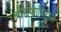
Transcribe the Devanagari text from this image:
श्रीराजाधिराज